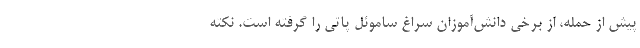
پیش از حمله، از برخی دانش‌آموزان سراغ ساموئل پاتی را گرفته است. نکته